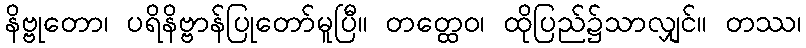
နိဗ္ဗုတော၊ ပရိနိဗ္ဗာန်ပြုတော်မူပြီ။ တတ္ထေဝ၊ ထိုပြည်၌သာလျှင်။ တဿ၊